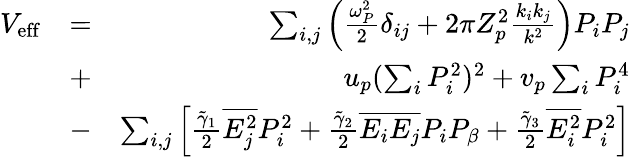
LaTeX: \begin{array}{rlr}{V_{\mathrm{eff}}}&{=}&{\sum_{i,j}\left(\frac{\omega_{P}^{2}}{2}\delta_{ij}+2\pi Z_{p}^{2}\frac{k_{i}k_{j}}{k^{2}}\right)P_{i}P_{j}}\\ &{+}&{u_{p}(\sum_{i}P_{i}^{2})^{2}+v_{p}\sum_{i}P_{i}^{4}}\\ &{-}&{\sum_{i,j}\left[\frac{\tilde{\gamma}_{1}}{2}\overline{{E_{j}^{2}}}P_{i}^{2}+\frac{\tilde{\gamma}_{2}}{2}\overline{{E_{i}E_{j}}}P_{i}P_{\beta}+\frac{\tilde{\gamma}_{3}}{2}\overline{{E_{i}^{2}}}P_{i}^{2}\right]}\end{array}